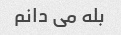
بله می دانم